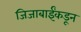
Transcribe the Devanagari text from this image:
जिजाबाईंकडून